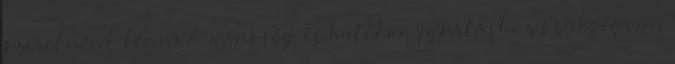
szeretnénk lenni A minôségi és hatékony gyártáshoz szükség van